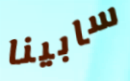
سابينا